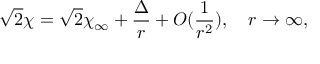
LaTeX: \sqrt { 2 } \chi = \sqrt { 2 } \chi _ { \infty } + \frac { \Delta } { r } + O ( \frac { 1 } { r ^ { 2 } } ) , \quad r \rightarrow \infty ,